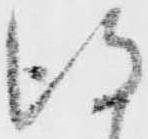
得